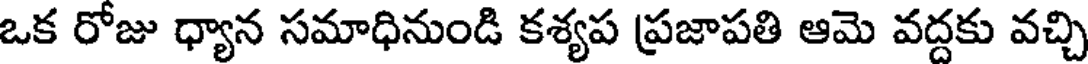
ఒక రోజు ధ్యాన సమాధినుండి కశ్యప ప్రజాపతి ఆమె వద్దకు వచ్చి